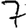
Digit: 7